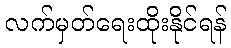
လက်မှတ်ရေးထိုးနိုင်ရန်